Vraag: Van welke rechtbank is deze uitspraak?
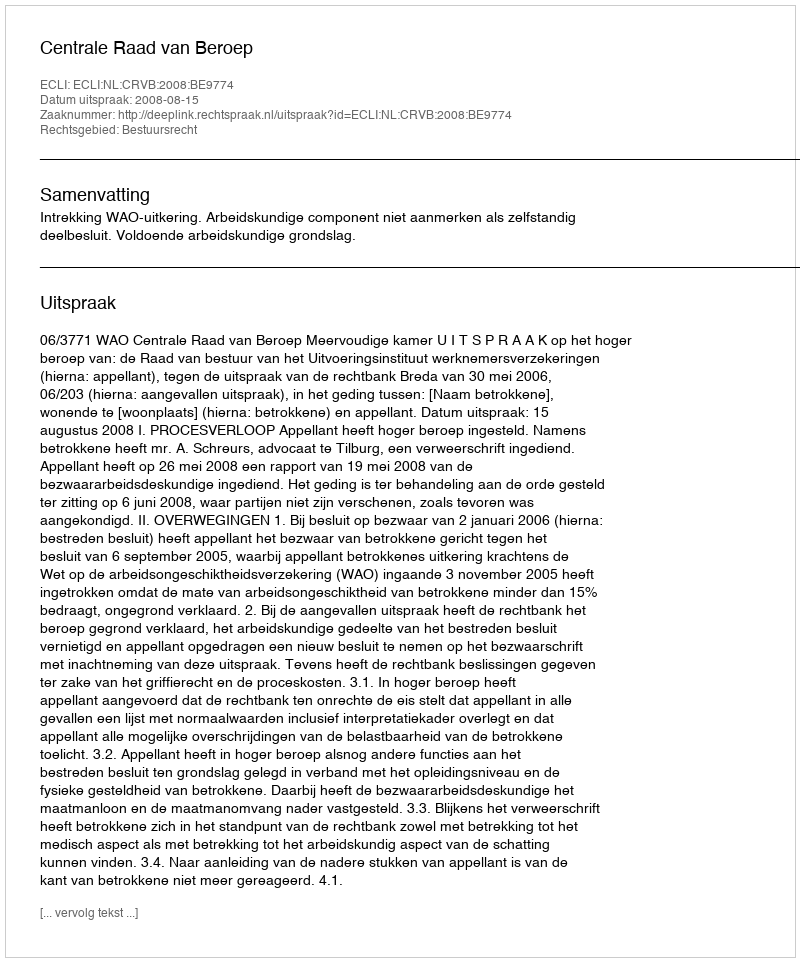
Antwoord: Centrale Raad van Beroep